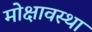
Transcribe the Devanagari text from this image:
मोक्षावस्था